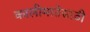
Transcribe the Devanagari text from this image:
कालीमातेसाठी